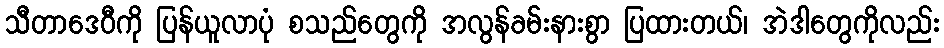
သီတာဒေဝီကို ပြန်ယူလာပုံ စသည်တွေကို အလွန်ခမ်းနားစွာ ပြထားတယ်၊ အဲဒါတွေကိုလည်း